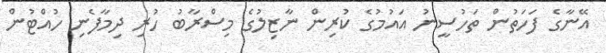
އޭނާގެ ފަހަތުން ތަހުސީނު އައުމުގެ ކުރިން ނާޒިލުގެ މިސްރާބު ހުރި ދިމާފެނި ހުއްޓުން